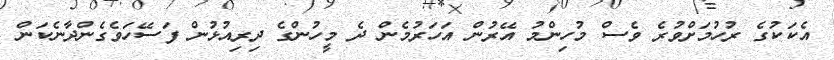
އެކަކުގެ ރުހުމަށްވުރެ ވެސް މުހިންމު އޭރުން އަހަރުމެން ދެ މީހުންގެ ދިރިއުޅުން ފަސޭހަވެގެންދާނެކަން